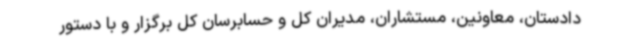
دادستان، معاونین، مستشاران، مدیران کل و حسابرسان کل برگزار و با دستور